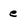
Character: e